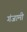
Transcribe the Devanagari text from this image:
गंजामी